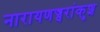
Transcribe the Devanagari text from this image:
नारायणज्वरांकुश